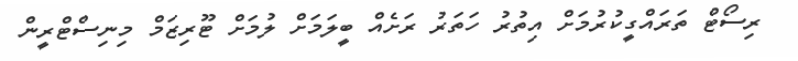
ރިސޯޓް ތަރައްގީކުރުމަށް އިތުރު ހަތަރު ރަށެއް ބީލަމަށް ލުމަށް ޓޫރިޒަމް މިނިސްޓްރީން